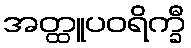
အတ္ထူပဝရိက္ခီ